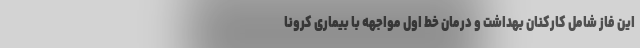
این فاز شامل کارکنان بهداشت و درمان خط اول مواجهه با بیماری کرونا